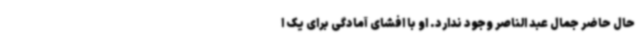
حال حاضر جمال عبد الناصر وجود ندارد. او با افشای آمادگی برای یک ا